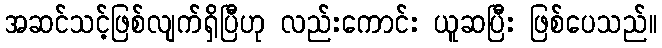
အဆင်သင့်ဖြစ်လျက်ရှိပြီဟု လည်းကောင်း ယူဆပြီး ဖြစ်ပေသည်။